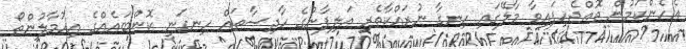
އެހެންކަމުން ތޮއްޖެހިފައިވާ މާލޭގައި ހިނގާ ނުރައްކާތެރި އަލިފާނުގެ ހާދިސާތައް ހިނގަނީ ކޮންބައެއްގެ އިހުމާލުންތޯ